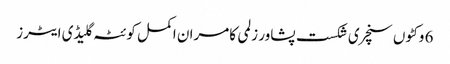
6 وکٹوں سنچری شکست پشاور زلمی کامران اکمل کوئٹہ گلیڈی ایٹرز